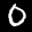
Label: 0